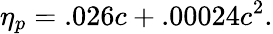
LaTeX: \eta_{p}=.026c+.00024c^{2}.